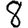
Digit: 8